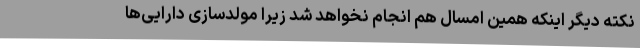
نکته دیگر اینکه همین امسال هم انجام نخواهد شد زیرا مولدسازی دارایی‌ها